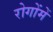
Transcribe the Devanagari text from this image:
रोगोंमें